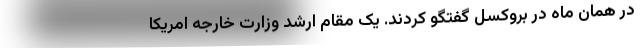
در همان ماه در بروکسل گفتگو کردند. یک مقام ارشد وزارت خارجه امریکا